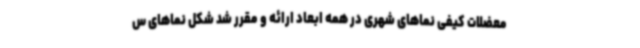
معضلات کیفی نماهای شهری در همه ابعاد ارائه و مقرر شد شکل نماهای س